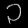
Digit: ၁